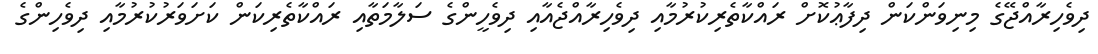
ދިވެހިރާއްޖޭގެ މިނިވަންކަން ދިފާޢުކޮށް ރައްކާތެރިކުރުމާއި ދިވެހިރާއްޖެއާއި ދިވެހީންގެ ސަލާމަތާއި ރައްކާތެރިކަން ކަށަވަރުކުރުމާއި ދިވެހިންގެ